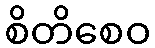
စိတိစေဝ